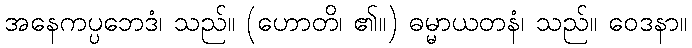
အနေကပ္ပဘေဒံ၊ သည်။ (ဟောတိ၊ ၏။) ဓမ္မာယတနံ၊ သည်။ ဝေဒနာ။